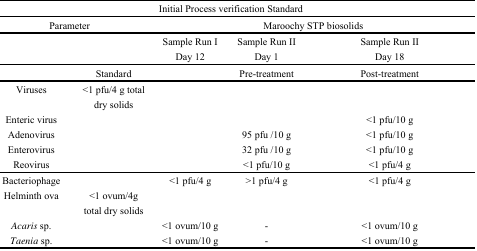
<table><thead><tr><td colspan="5"><b>Initial Process verification Standard</b></td></tr><tr><td colspan="2"><b>Parameter</b></td><td colspan="3"><b>Maroochy STP biosolids</b></td></tr><tr><td></td><td></td><td><b>Sample Run I Day 12</b></td><td><b>Sample Run II Day 1</b></td><td><b>Sample Run II Day 18</b></td></tr><tr><td></td><td><b>Standard</b></td><td></td><td><b>Pre-treatment</b></td><td><b>Post-treatment</b></td></tr></thead><tbody><tr><td>Viruses</td><td>&lt;1 pfu/4 g total dry solids</td><td></td><td></td><td></td></tr><tr><td>Enteric virus</td><td></td><td></td><td></td><td>&lt;1 pfu/10 g</td></tr><tr><td>Adenovirus</td><td></td><td></td><td>95 pfu /10 g</td><td>&lt;1 pfu/10 g</td></tr><tr><td>Enterovirus</td><td></td><td></td><td>32 pfu /10 g</td><td>&lt;1 pfu/10 g</td></tr><tr><td>Reovirus</td><td></td><td></td><td>&lt;1 pfu/10 g</td><td>&lt;1 pfu/4 g</td></tr><tr><td>Bacteriophage</td><td></td><td>&lt;1 pfu/4 g</td><td>&gt;1 pfu/4 g</td><td>&lt;1 pfu/4 g</td></tr><tr><td>Helminth ova</td><td>&lt;1 ovum/4g total dry solids</td><td></td><td></td><td></td></tr><tr><td><i>Acaris</i> sp.</td><td></td><td>&lt;1 ovum/10 g</td><td>-</td><td>&lt;1 ovum/10 g</td></tr><tr><td><i>Taenia</i> sp.</td><td></td><td>&lt;1 ovum/10 g</td><td>-</td><td>&lt;1 ovum/10 g</td></tr></tbody></table>